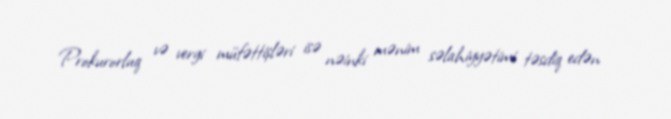
Prokurorluq və vergi müfəttişləri isə nəinki mənim səlahiyyətimi təsdiq edən